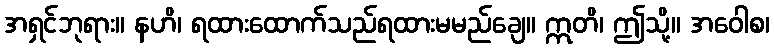
အရှင်ဘုရား။ နဟိ၊ ရထားထောက်သည်ရထားမမည်ချေ။ ဣတိ၊ ဤသို့။ အဝေါစ၊